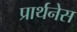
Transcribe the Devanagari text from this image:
प्रार्थनेस